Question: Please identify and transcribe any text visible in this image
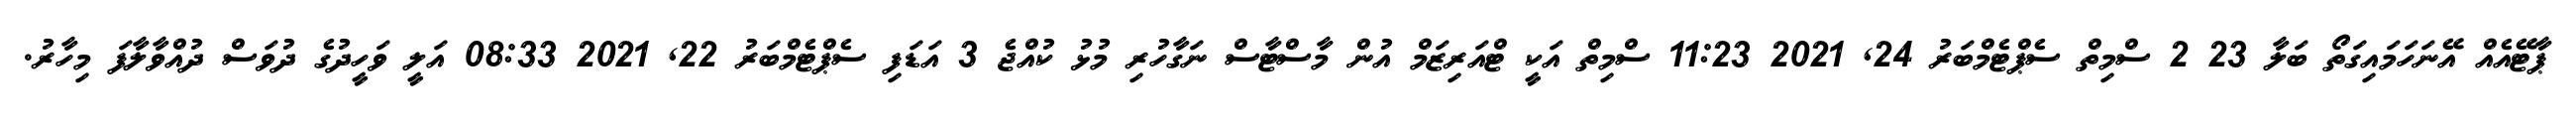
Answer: ޕާޓޭއެއް އޭނަހަމައިގަތޯ ބަލާ 23 2 ސްމިތް ސެޕްޓެމްބަރު 24, 2021 11:23 ސްމިތް އަކީ ޓްއަރިޒަމް އުން މާސްޓާސް ނަގާހުރި މުޅު ކުއްޖެ 3 އަޑަފި ސެޕްޓެމްބަރު 22, 2021 08:33 އަލީ ވަހީދުގެ ދުވަސް ދުއްވާލާފަ މިހާރު.